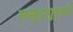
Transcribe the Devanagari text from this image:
समुद्रगुप्ताने